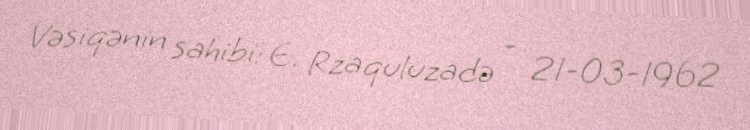
Vəsiqənin sahibi: E. Rzaquluzadə - 21-03-1962